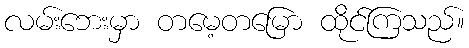
လမ်းဘေးမှာ တမေ့တမြော ထိုင်ကြသည်။